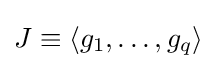
J\equiv \langle g_{1},\ldots ,g_{q}\rangle